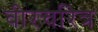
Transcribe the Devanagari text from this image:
वीरचरित्र